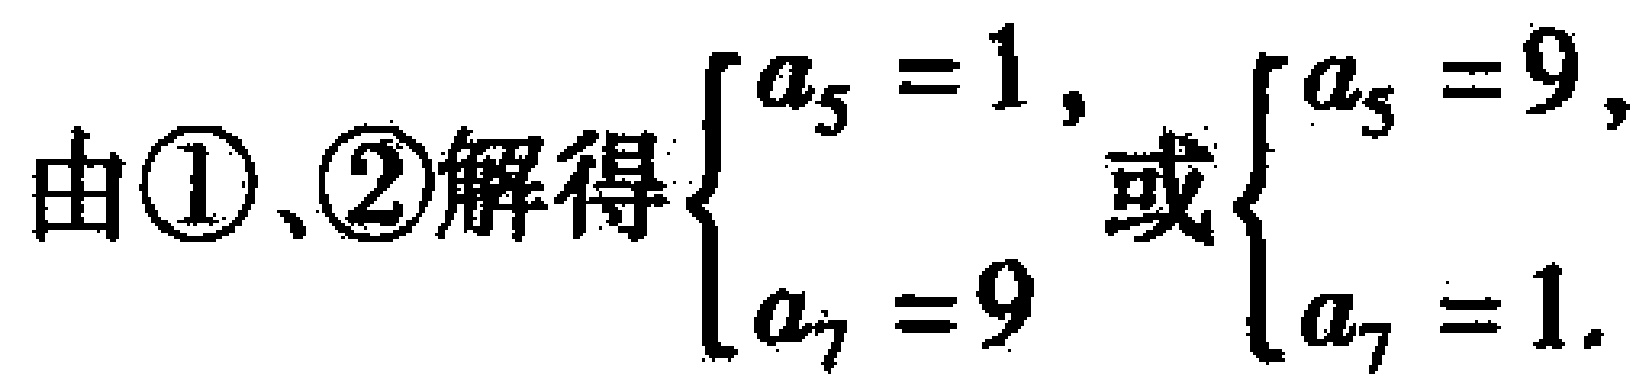
由\textcircled{1}、\textcircled{2}解得$\begin{cases}a_{5}=1,\\a_{7}=9\end{cases}$或$\begin{cases}a_{5}=9,\\a_{7}=1.\end{cases}$